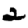
Digit: 2